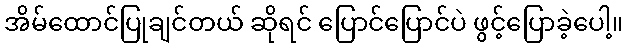
အိမ်ထောင်ပြုချင်တယ် ဆိုရင် ပြောင်ပြောင်ပဲ ဖွင့်ပြောခဲ့ပေါ့။